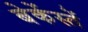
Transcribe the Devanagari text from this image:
बेकेंस्तें